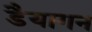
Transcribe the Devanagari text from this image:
डैयागन